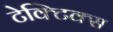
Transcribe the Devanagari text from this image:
टेक्टिक्स